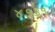
૪૭૩૧